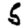
Digit: 5